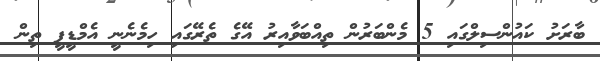
ބާރަށު ކައުންސިލްގައި 5 މެންބަރުން ތިއްބަވާއިރު އޭގެ ތެރޭގައި ހިމެނެނީ އެމްޑީޕީ ތިން